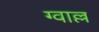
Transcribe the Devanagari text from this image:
ग्वाल्ल